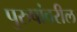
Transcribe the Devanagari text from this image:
पुरुषांवरील